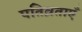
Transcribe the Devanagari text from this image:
पतिव्रताएँ